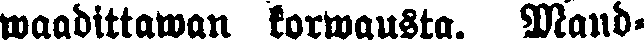
waadittawan korwausta. Mand-